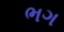
ભગ